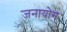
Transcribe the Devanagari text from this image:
जनायोग